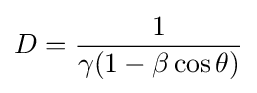
D={\frac {1}{\gamma (1-\beta \cos \theta )}}